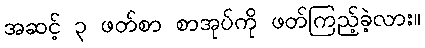
အဆင့် ၃ ဖတ်စာ စာအုပ်ကို ဖတ်ကြည့်ခဲ့လား။